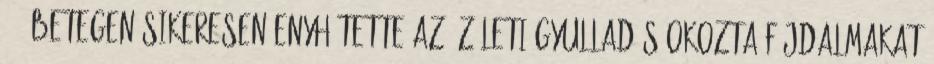
450 betegen sikeresen enyhítette az ízületi gyulladás okozta fájdalmakat